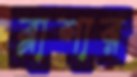
ব্লাশার